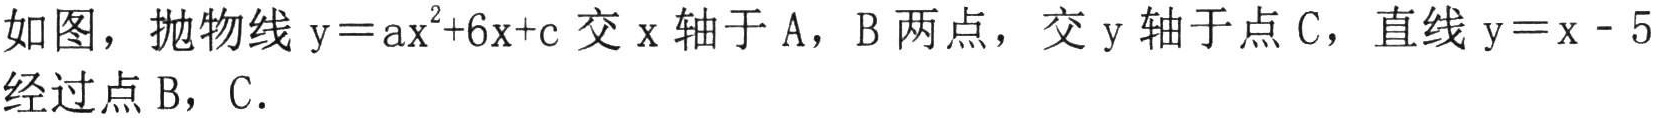
如图，抛物线\(y = ax^{2}+6x + c\)交\(x\)轴于\(A\)，\(B\)两点，交\(y\)轴于点\(C\)，直线\(y = x - 5\)经过点\(B\)，\(C\)．